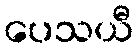
ပေသယီ